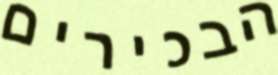
הבכירים